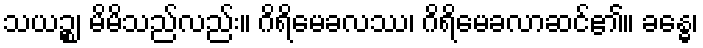
သယဉ္စ၊ မိမိသည်လည်း။ ဂိရိမေခလဿ၊ ဂိရိမေခလာဆင်၏။ ခန္ဓေ၊